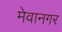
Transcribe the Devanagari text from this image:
मेवानगर